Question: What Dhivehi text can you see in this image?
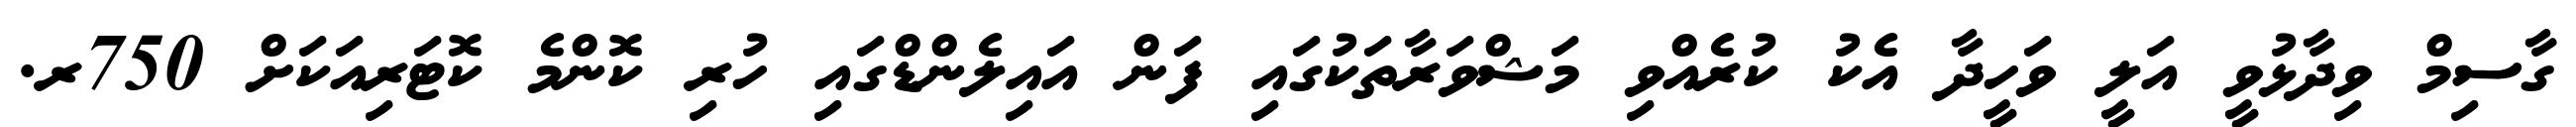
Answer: ގާސިމް ވިދާޅުވީ އަލީ ވަހީދާ އެކު ކުރެއްވި މަޝްވަރާތަކުގައި ފަން އައިލެންޑްގައި ހުރި ކޮންމެ ކޮޓަރިއަކަށް 750ރ.